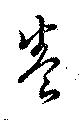
養